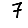
Digit: 7